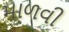
માળવી